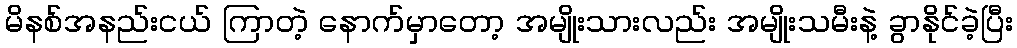
မိနစ်အနည်းငယ် ကြာတဲ့ နောက်မှာတော့ အမျိုးသားလည်း အမျိုးသမီးနဲ့ ခွာနိုင်ခဲ့ပြီး